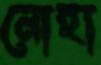
নোহা